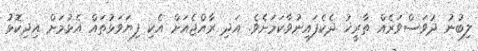
ލިބުނު ދުވަސްވަރެއް ތާރީޚު ދެކެފައިނުވާކަމަށެވެ. އަދި ރާއްޖެއަށް އެކި ފިޔަވަޅުތައް އެޅުމަށް އިދިކޮޅު